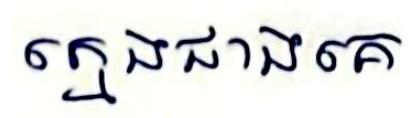
ក្មេងជាងគេ